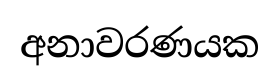
අනාවරණයක